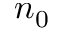
n _ { 0 }